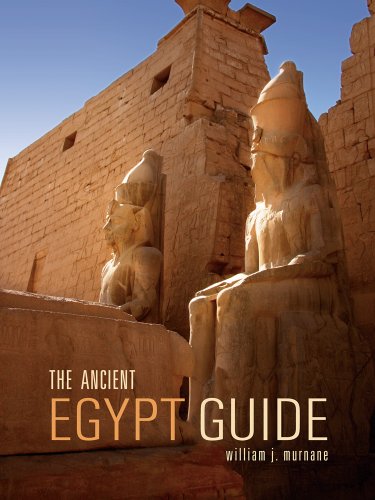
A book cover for The Ancient Egypt Guide; William J. Murnane; Travel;